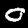
Label: 0